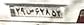
۲۹ص۶۲۸۵۳